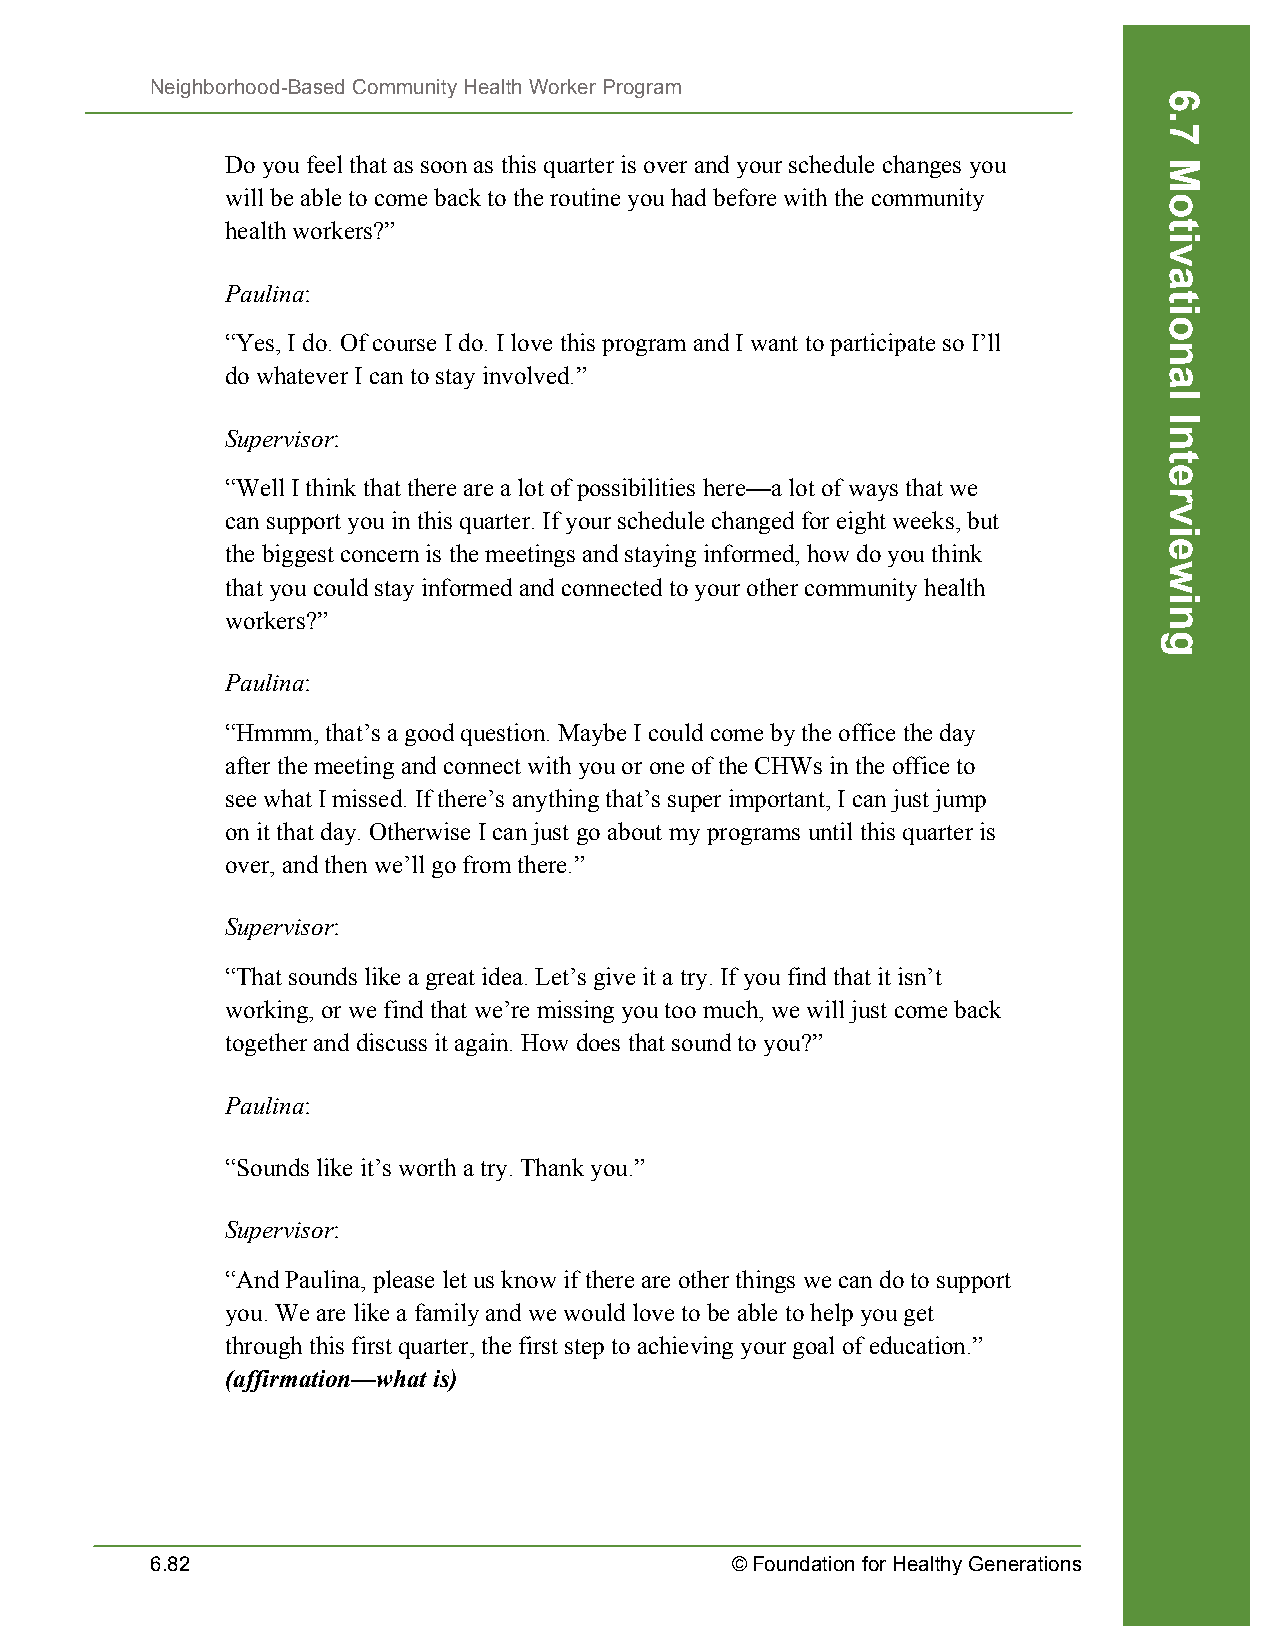
Neighborhood-Based Community Health Worker Program
 Do you feel that as soon as this quarter is over and your schedule changes you
 will be able to come back to the routine you had before with the community
 health workers?”
 Paulina:
 “Yes, I do. Of course I do. I love this program and I want to participate so I’ll
 do whatever I can to stay involved.”
 Supervisor:
 “Well I think that there are a lot of possibilities here—a lot of ways that we
 can support you in this quarter. If your schedule changed for eight weeks, but
 the biggest concern is the meetings and staying informed, how do you think
 that you could stay informed and connected to your other community health
 workers?”
 Paulina:
 “Hmmm, that’s a good question. Maybe I could come by the office the day
 after the meeting and connect with you or one of the CHWs in the office to
 see what I missed. If there’s anything that’s super important, I can just jump
 on it that day. Otherwise I can just go about my programs until this quarter is
 over, and then we’ll go from there.”
 Supervisor:
 “That sounds like a great idea. Let’s give it a try. If you find that it isn’t
 working, or we find that we’re missing you too much, we will just come back
 together and discuss it again. How does that sound to you?”
 Paulina:
 “Sounds like it’s worth a try. Thank you.”
 Supervisor:
 “And Paulina, please let us know if there are other things we can do to support
 you. We are like a family and we would love to be able to help you get
 through this first quarter, the first step to achieving your goal of education.”
 (affirmation—what is)
 6.82                                  © Foundation for Healthy Generations
 6.7
 Motivational
 Interviewing